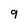
Character: 9